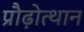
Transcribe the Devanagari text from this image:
प्रौढ़ोत्थान